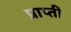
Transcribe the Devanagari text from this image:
प्राप्ती